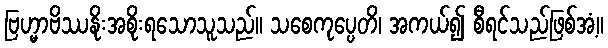
ဗြဟ္မာဗိဿနိုးအစိုးရသောသူသည်။ သစေကုပ္ပေတိ၊ အကယ်၍ စီရင်သည်ဖြစ်အံ့။